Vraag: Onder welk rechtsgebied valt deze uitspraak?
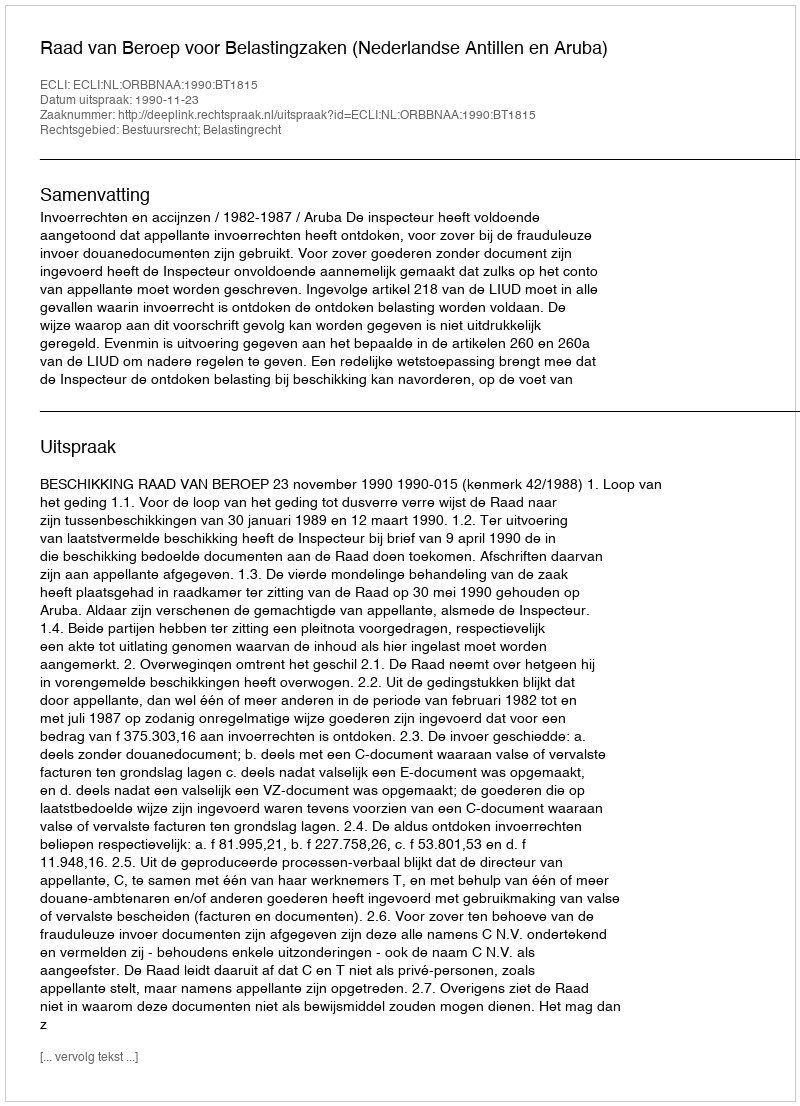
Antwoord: Bestuursrecht; Belastingrecht